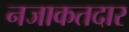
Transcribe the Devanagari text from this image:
नजाकतदार